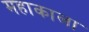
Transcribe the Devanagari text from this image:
महाकाला